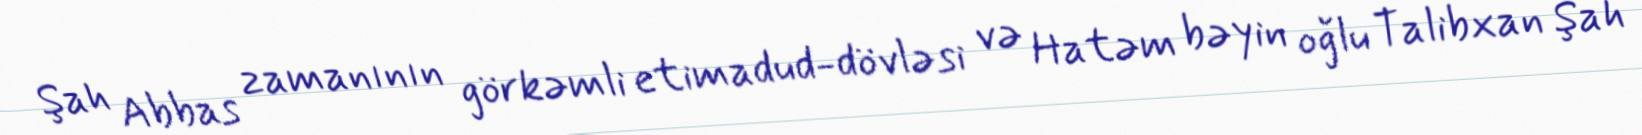
Şah Abbas zamanının görkəmli etimadud-dövləsi və Hatəm bəyin oğlu Talibxan Şah